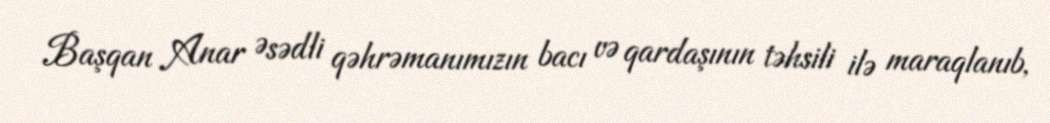
Başqan Anar Əsədli qəhrəmanımızın bacı və qardaşının təhsili ilə maraqlanıb,